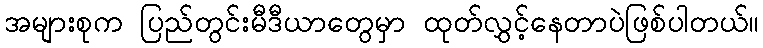
အများစုက ပြည်တွင်းမီဒီယာတွေမှာ ထုတ်လွှင့်နေတာပဲဖြစ်ပါတယ်။